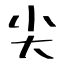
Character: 尖